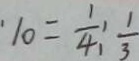
1 0 = \frac { 1 } { 4 } : \frac { 1 } { 3 }